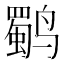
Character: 𱊬